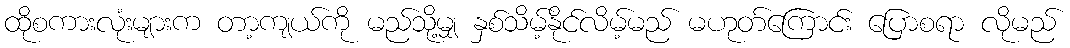
ထိုစကားလုံးများက တာ့ကျယ်ကို မည်သို့မျှ နှစ်သိမ့်နိုင်လိမ့်မည် မဟုတ်ကြောင်း ပြောစရာ လိုမည်